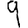
Digit: 9